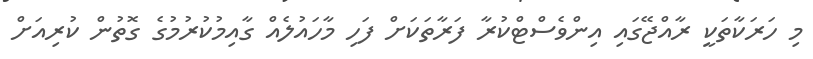
މި ހަރަކާތަކީ ރާއްޖޭގައި އިންވެސްޓްކުރާ ފަރާތަކަށް ފަހި މާހައުލެއް ގާއިމުކުރުމުގެ ގޮތުން ކުރިއަށް